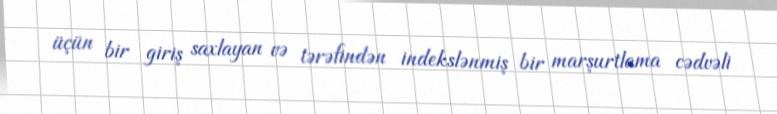
üçün bir giriş saxlayan və tərəfindən indekslənmiş bir marşurtlama cədvəli